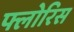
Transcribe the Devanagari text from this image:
फ्लोरिस